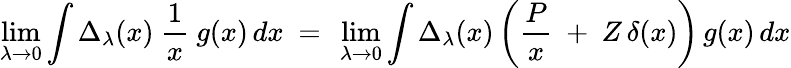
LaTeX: \operatorname*{lim}_{\lambda\to 0}\int\Delta_{\lambda}(x)~{\frac{1}{x}}~g(x)\, dx~=~\operatorname*{lim}_{\lambda\to 0}\int\Delta_{\lambda}(x)\left({\frac{P}{x}}~+~Z\, \delta(x)\right)\, g(x)\, dx